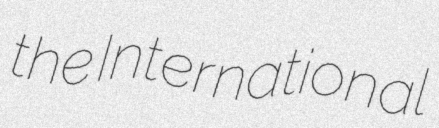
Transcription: the International